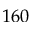
1 6 0